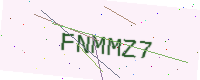
Text: FNMMZ7